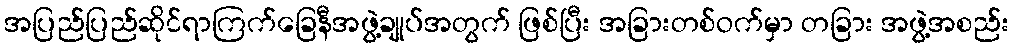
အပြည်ပြည်ဆိုင်ရာကြက်ခြေနီအဖွဲ့ချုပ်အတွက် ဖြစ်ပြီး အခြားတစ်ဝက်မှာ တခြား အဖွဲ့အစည်း